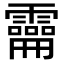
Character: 𩆚